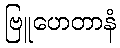
ဗြူဟေတာနံ